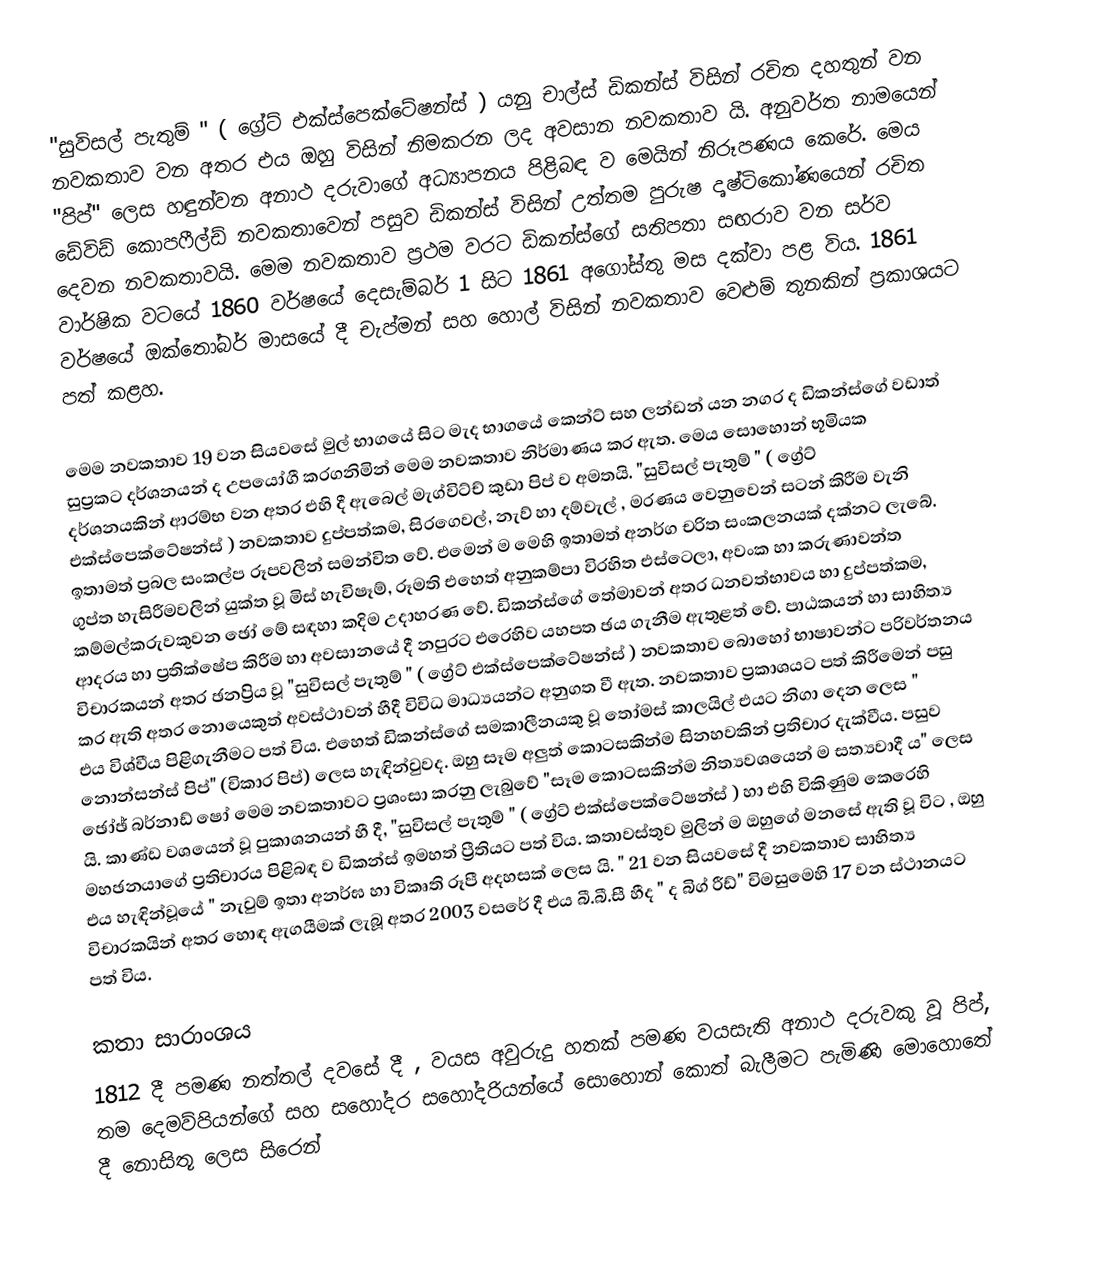
"සුවිසල් පැතුම් " ( ග්‍රේට් එක්ස්පෙක්ටේෂන්ස් ) යනු චාල්ස් ඩිකන්ස් විසින් රචිත දහතුන් වන නවකතාව වන අතර එය ඔහු විසින් නිමකරන ලද අවසාන නවකතාව යි. අනුවර්ත නාමයෙන් "පිප්" ලෙස හඳුන්වන අනාථ දරුවාගේ අධ්‍යාපනය පිළිබඳ ව මෙයින් නිරූපණය කෙරේ. මෙය ඩේවිඩ් කොපෆීල්ඩ් නවකතාවෙන් පසුව ඩිකන්ස් විසින් උත්තම පුරුෂ දෘෂ්ටිකෝණයෙන් රචිත දෙවන නවකතාවයි. මෙම නවකතාව ප්‍රථම වරට ඩිකන්ස්ගේ සතිපතා සඟරාව වන සර්ව වාර්ෂික වටයේ 1860 වර්ෂයේ දෙසැම්බර් 1 සිට 1861 අගෝස්තු මස දක්වා පළ විය. 1861 වර්ෂයේ ඔක්තෝබර් මාසයේ දී චැප්මන් සහ හොල් විසින් නවකතාව වෙළුම් තුනකින් ප්‍රකාශයට පත් කළහ.

මෙම නවකතාව 19 වන සියවසේ මුල් භාගයේ සිට මැද භාගයේ කෙන්ට් සහ ලන්ඩන් යන නගර ද  ඩිකන්ස්ගේ වඩාත් සුප්‍රකට දර්ශනයන් ද උපයෝගී කරගනිමින් මෙම නවකතාව නිර්මාණය කර ඇත. මෙය සොහොන් භූමියක දර්ශනයකින් ආරම්භ වන අතර එහි දී ඇබෙල් මැග්විට්ච් කුඩා පිප් ව අමතයි. "සුවිසල් පැතුම් " ( ග්‍රේට් එක්ස්පෙක්ටේෂන්ස් ) නවකතාව දුප්පත්කම, සිරගෙවල්, නැව් හා දම්වැල් , මරණය  වෙනුවෙන් සටන් කිරීම වැනි ඉතාමත් ප්‍රබල සංකල්ප රූපවලින් සමන්විත වේ. එමෙන් ම මෙහි ඉතාමත් අනර්ග චරිත සංකලනයක් දක්නට ලැබේ. ගුප්ත හැසිරීමවලින් යුක්ත වූ මිස් හැවිෂෑම්, රූමති එහෙත් අනුකම්පා විරහිත එස්ටෙලා, අවංක හා කරුණාවන්ත කම්මල්කරුවකුවන ඡෝ මේ සඳහා කදිම උදාහරණ වේ.  ඩිකන්ස්ගේ තේමාවන් අතර ධනවත්භාවය හා දුප්පත්කම, ආදරය හා ප්‍රතික්ෂේප කිරීම හා අවසානයේ දී නපුරට එරෙහිව යහපත ඡය ගැනීම ඇතුළත් වේ. පාඨකයන් හා සාහිත්‍ය විචාරකයන් අතර ඡනප්‍රිය වූ "සුවිසල් පැතුම් " ( ග්‍රේට් එක්ස්පෙක්ටේෂන්ස් ) නවකතාව බොහෝ භාෂාවන්ට පරිවර්තනය කර ඇති අතර නොයෙකුත් අවස්ථාවන් හීදී විවිධ මාධ්‍යයන්ට අනුගත වී ඇත.	නවකතාව ප්‍රකාශයට පත් කිරීමෙන් පසු එය විශ්වීය පිළිගැනීමට පත් විය. එහෙත් ඩිකන්ස්ගේ සමකාලීනයකු වූ තෝමස් කාලයිල් එයට නිගා දෙන ලෙස " නොන්සන්ස් පිප්" (විකාර පිප්) ලෙස හැඳින්වුවද. ඔහු සෑම අලුත් කොටසකින්ම සිනහවකින් ප්‍රතිචාර දැක්වීය. පසුව ඡෝඡ් බර්නාඩ් ෂෝ මෙම නවකතාවට ප්‍රශංසා කරනු ලැබුවේ "සෑම කොටසකින්ම නිත්‍යවශයෙන්  ම සත්‍යවාදී ය" ලෙස යි. කාණ්ඩ වශයෙන් වූ පුකාශනයන් හී දී, "සුවිසල් පැතුම් " ( ග්‍රේට් එක්ස්පෙක්ටේෂන්ස් ) හා එහි විකිණුම කෙරෙහි මහඡනයාගේ ප්‍රතිචාරය පිළිබඳ ව ඩිකන්ස් ඉමහත් ප්‍රීතියට පත් විය.  කතාවස්තුව මුලින් ම ඔහුගේ මනසේ ඇති වූ  විට , ඔහු එය හැඳින්වූයේ " නැවුම් ඉතා අනර්ඝ හා විකෘති රූපී අදහසක් ලෙස යි. " 21 වන සියවසේ දී නවකතාව සාහිත්‍ය විචාරකයින් අතර හොඳ ඇගයීමක් ලැබූ අතර 2003 වසරේ දී එය බී.බී.සී හීද " ද බිග් රීඩ්"  විමසුමෙහි 17 වන ස්ථානයට පත් විය.

කතා සාරාංශය
1812 දී පමණ නත්තල් දවසේ දී , වයස අවුරුදු හතක් පමණ වයසැති අනාථ දරුවකු වූ පිප්, තම දෙමව්පියන්ගේ සහ සහෝදර සහෝදරියන්යේ සොහොන් කොත් බැලීමට පැමිණි මොහොතේ දී නොසිතූ ලෙස  සිරෙන්